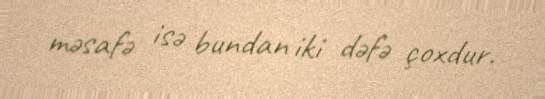
məsafə isə bundan iki dəfə çoxdur.